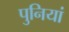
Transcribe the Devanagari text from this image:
पुनियां